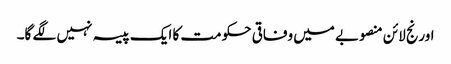
اورنج لائن منصوبے میں وفاقی حکومت کا ایک پیسہ نہیں لگے گا۔